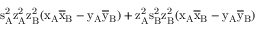
\mathrm { s _ { A } ^ { 2 } \mathrm { z _ { A } ^ { 2 } \mathrm { z _ { B } ^ { 2 } ( \mathrm { x _ { A } \mathrm { \overline { { x } } _ { B } - \mathrm { y _ { A } \mathrm { \overline { { y } } _ { B } ) + \mathrm { z _ { A } ^ { 2 } \mathrm { s _ { B } ^ { 2 } \mathrm { z _ { B } ^ { 2 } ( \mathrm { x _ { A } \mathrm { \overline { { x } } _ { B } - \mathrm { y _ { A } \mathrm { \overline { { y } } _ { B } ) } } } } } } } } } } } } } }